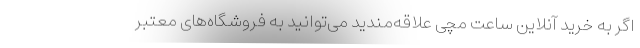
اگر به خرید آنلاین ساعت مچی علاقه‌مندید می‌توانید به فروشگاه‌های معتبر